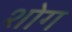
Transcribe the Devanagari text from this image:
शोग